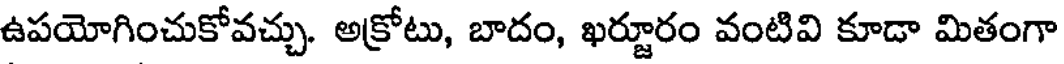
ఉపయోగించుకోవచ్చు. అక్రోటు, బాదం, ఖర్జూరం వంటివి కూడా మితంగా